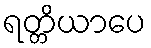
ရတ္တိယာပေ